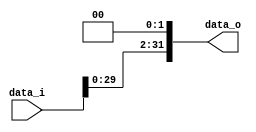
`timescale 1ns / 1ps
//Subject:     CO project 4 - Shift_Left_Two_32
//--------------------------------------------------------------------------------
//Version:     1
//--------------------------------------------------------------------------------
//Writer:      0510002 K 0510009 i
//--------------------------------------------------------------------------------
//--------------------------------------------------------------------------------
//Description: 
//--------------------------------------------------------------------------------

module Shift_Left_Two_32(
    data_i,  //32 bit data_i (input)
    data_o   //32 bit data_o (output)
    );

//I/O ports                    
input  [31:0] data_i;
output [31:0] data_o;

//Internal Signals
reg [31:0] data_o;

//shift left 2
always@ (*) begin
	data_o[1:0] <= 2'b00;
	data_o[31:2] <= data_i[29:0];
end

endmodule